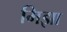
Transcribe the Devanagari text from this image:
मिझा